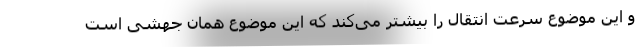
و این موضوع سرعت انتقال را بیشتر می‌کند که این موضوع همان جهشی است